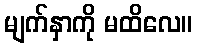
မျက်နှာကို မထိလေ။